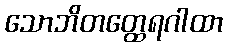
သောဘိတတ္ထေရဂါထာ